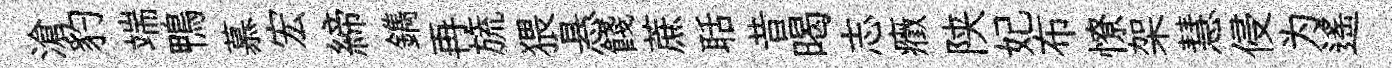
滄豹端鴨慕宏締鐫再旒猥悬餞蔗聒昔暍志癥陕妃布憭架慧侵为遥